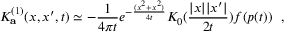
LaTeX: K _ { \bf a } ^ { ( 1 ) } ( x , x ^ { \prime } , t ) \simeq - { \frac { 1 } { 4 \pi t } } e ^ { - { \frac { ( x ^ { 2 } + x ^ { 2 } ) } { 4 t } } } K _ { 0 } ( { \frac { | x | | x ^ { \prime } | } { 2 t } } ) f ( p ( t ) ) ~ ~ ,